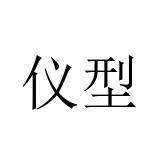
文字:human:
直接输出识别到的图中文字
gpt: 仪型